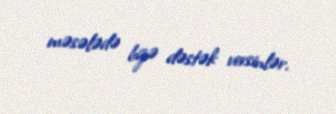
məsələdə bizə dəstək versinlər.